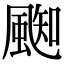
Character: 𩗨